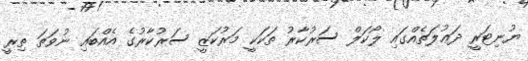
ޔުނިޓަރީ ދަޢުލަތެއްގައި ލޯކަލް ސަރުކާރު ތަކަކީ މަރުކަޒީ ސަރުކާރުގެ އެއްބައި ނުވަތަ ތިރީ